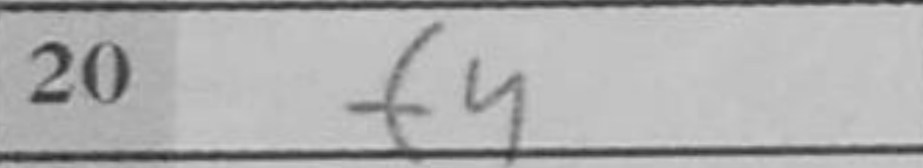
Transcription: f4